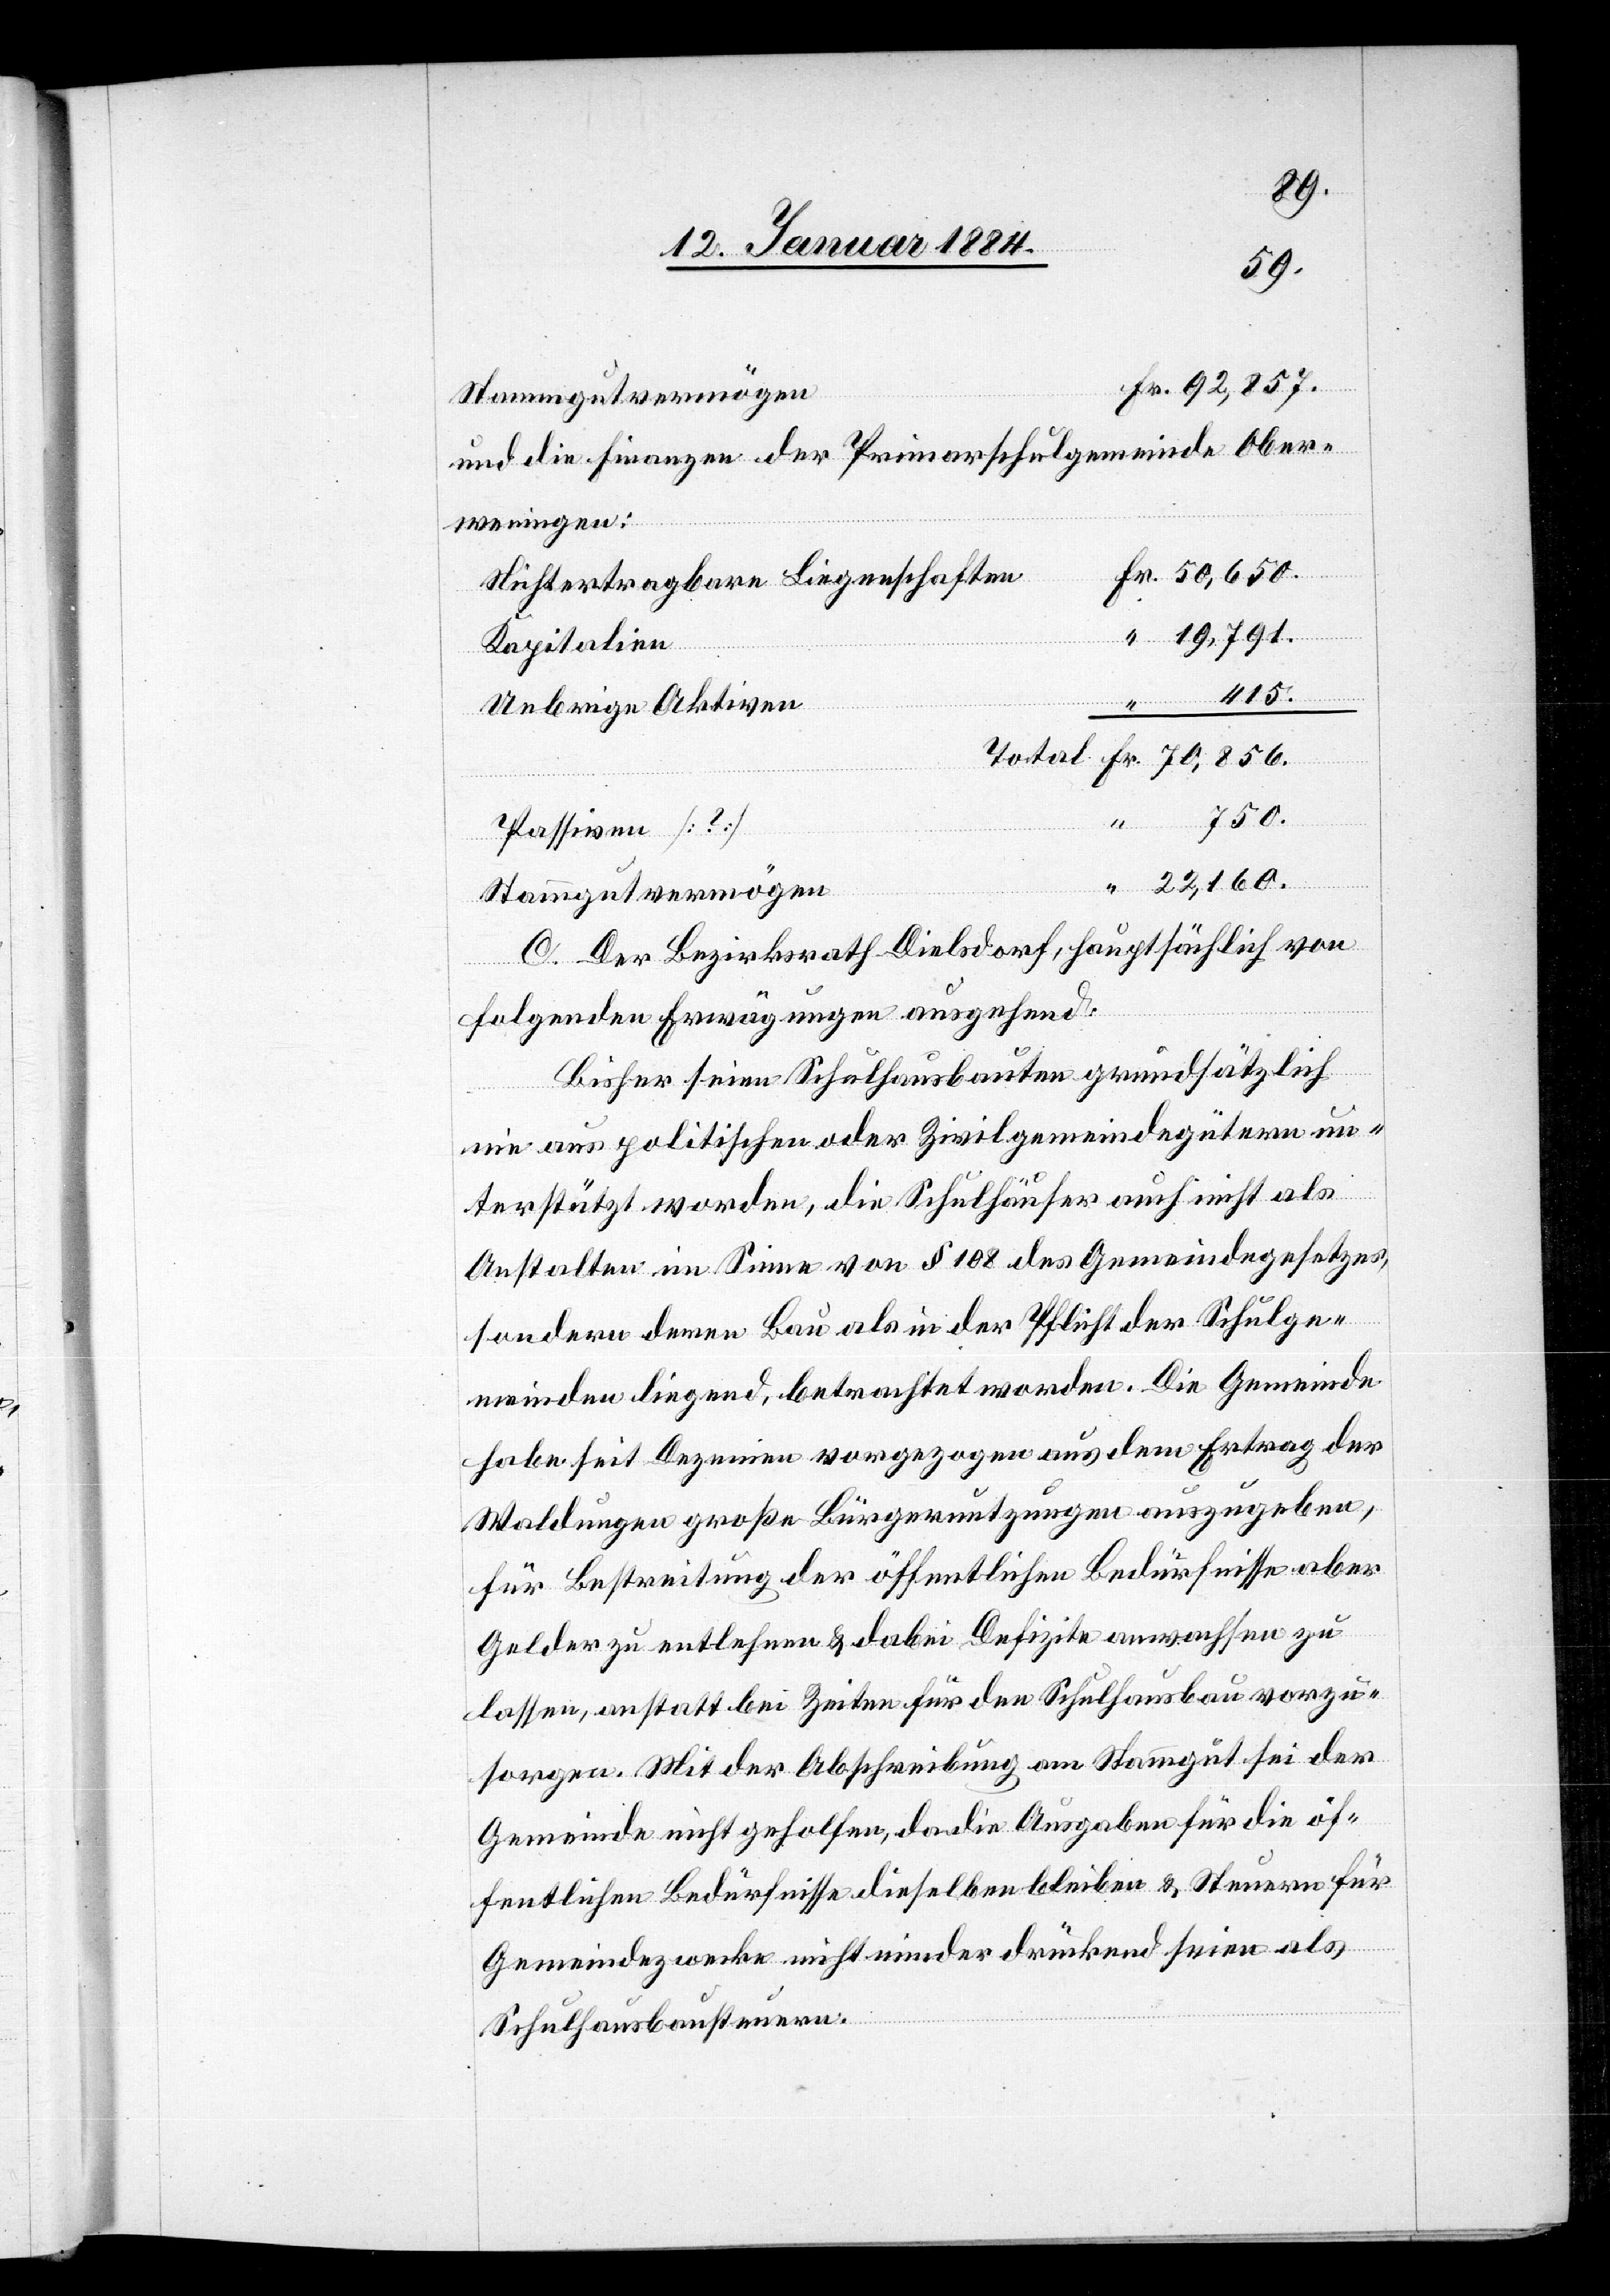
Stammgutvermögen
und die Finanzen der Primarschulgemeinde Ober¬
weningen:
Nichtertragbare Liegenschaften
Kapitalien
Uebrige Aktiven
Passiven [?]
C. Der Bezirksrath Dielsdorf, hauptsächlich von
folgenden Erwägungen ausgehend:
Bisher seien Schulhausbauten grundsätzlich
aus politischen oder Zivilgemeindegütern un¬
terstützt worden, die Schulhäuser auch nicht als
Anstalten im Sinne von § 108 des Gemeindegesetzes,
sondern deren Bau als in der Pflicht der Schulge¬
meinden liegend, betrachtet worden. Die Gemeinde
habe seit Dezennien vorgezogen aus dem Ertrag der
Waldungen große Bürgernutzungen auszugeben,
für Bestreitung der öffentlichen Bedürfnisse aber
Gelder zu entlehnen & dabei Defizite anwachsen zu
lassen, anstatt bei Zeiten für den Schulhausbau vorzu¬
sorgen. Mit der Abschreibung am Stammgut sei der
Gemeinde nicht geholfen, da die Ausgaben für die öf¬
fentlichen Bedürfnisse dieselben bleiben & Steuern für
Gemeindezwecke nicht minder drückend seien als
Schulhausbausteuern.